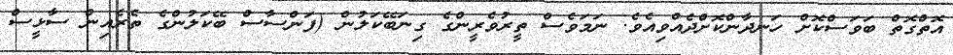
އޮތްގޮތް ބަވަސްކޮށް ހަނދާންކޮށްދެއްވިއެވެ. ނަމަވެސް ތީރުވެރީންގެ ގިނަބޭކަލުން (ފަންސާސް ބޭކަލުންގެ ތެރެއިން ސާޅީސް